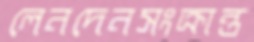
লেনদেনসংক্রান্ত